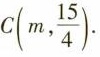
$$C ( m , \frac { 1 5 } { 4 } ) ·$$